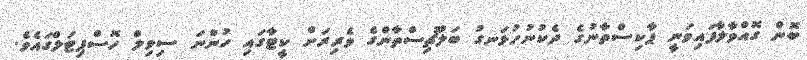
ބޮން ގޮއްވާލާފައިވަނީ ޕާކިސްތާނުގެ ދެކުނުހުޅަނގު ބަލޫޗިސްތާންގެ ވެރިރަށް ކީޓާގައި ހުންނަ ސިވިލް ހޮސްޕިޓަލްގައެވެ.